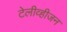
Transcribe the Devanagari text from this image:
टेलीव्हीजन